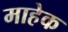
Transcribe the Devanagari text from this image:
माहेक